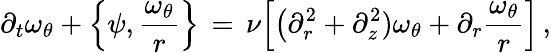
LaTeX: \partial_{t}\omega_{\theta}+\Bigl\{ \psi,\frac{\omega_{\theta}}{r}\Bigr\} \, =\, \nu\Bigl[\bigl(\partial_{r}^{2}+\partial_{z}^{2})\omega_{\theta}+\partial_{r}\frac{\omega_{\theta}}{r}\Bigr]\, ,